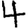
Digit: 4